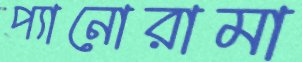
প্যানোরামা